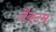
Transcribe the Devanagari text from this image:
लैक्टम